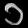
Digit: ၁